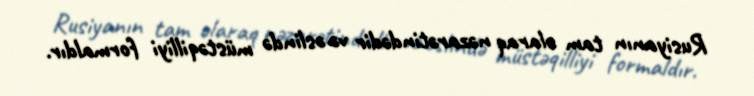
Rusiyanın tam olaraq nəzarətindədir və əslində müstəqilliyi formaldır.